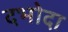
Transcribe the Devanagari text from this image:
दभोदा